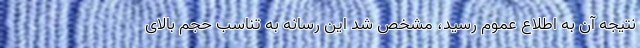
نتیجه آن به اطلاع عموم رسید، مشخص شد این رسانه به تناسب حجم بالای